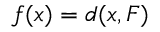
f ( x ) = d ( x , F )